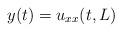
LaTeX: \begin{align*}y(t)=u_{xx}(t,L)\end{align*}